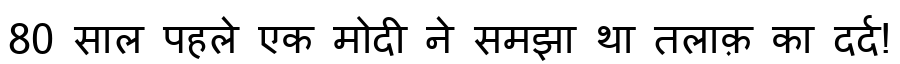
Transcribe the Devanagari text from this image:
80 साल पहले एक मोदी ने समझा था तलाक़ का दर्द!